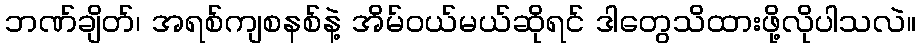
ဘဏ်ချိတ်၊ အရစ်ကျစနစ်နဲ့ အိမ်ဝယ်မယ်ဆိုရင် ဒါတွေသိထားဖို့လိုပါသလဲ။